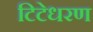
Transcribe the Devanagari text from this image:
टिटेधरण